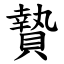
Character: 贄